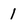
Character: 1